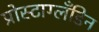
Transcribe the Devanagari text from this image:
प्रोस्टाग्लँडिन